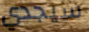
سيجدي